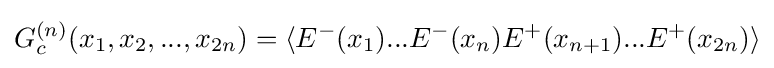
G_{c}^{(n)}(x_{1},x_{2},...,x_{2n})=\langle E^{-}(x_{1})...E^{-}(x_{n})E^{+}(x_{n+1})...E^{+}(x_{2n})\rangle